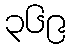
၃၆၉